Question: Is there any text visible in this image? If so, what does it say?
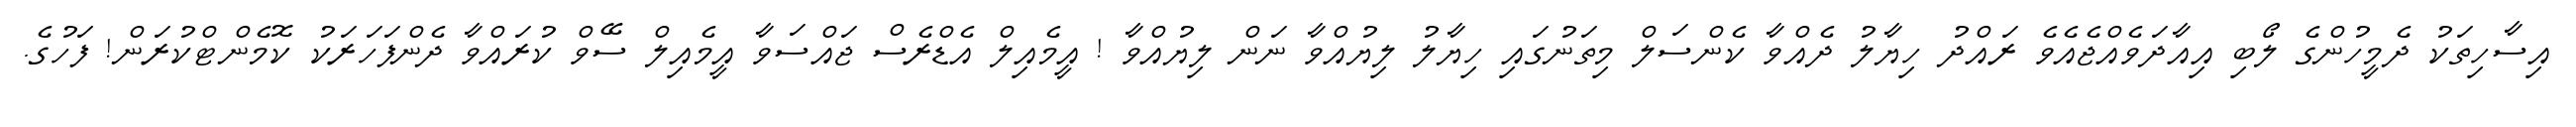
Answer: އިސާހިތަކު ދެމީހުންގެ ލޯބި އިއާދަވެއްޖެއެވެ ރައްދު ހިޔާލު ދެއްވާ ކެންސަލް މިތަނުގައި ހިޔާލު ލިޔުއްވާ ނަން ލިޔުއްވާ ! އީމެއިލް އެޑްރެސް ޖައްސަވާ އީމެއިލް ސޭވް ކުރައްވާ ދެންފަހަރަކު ކޮމެންޓްކުރަން! ފަހުގެ.